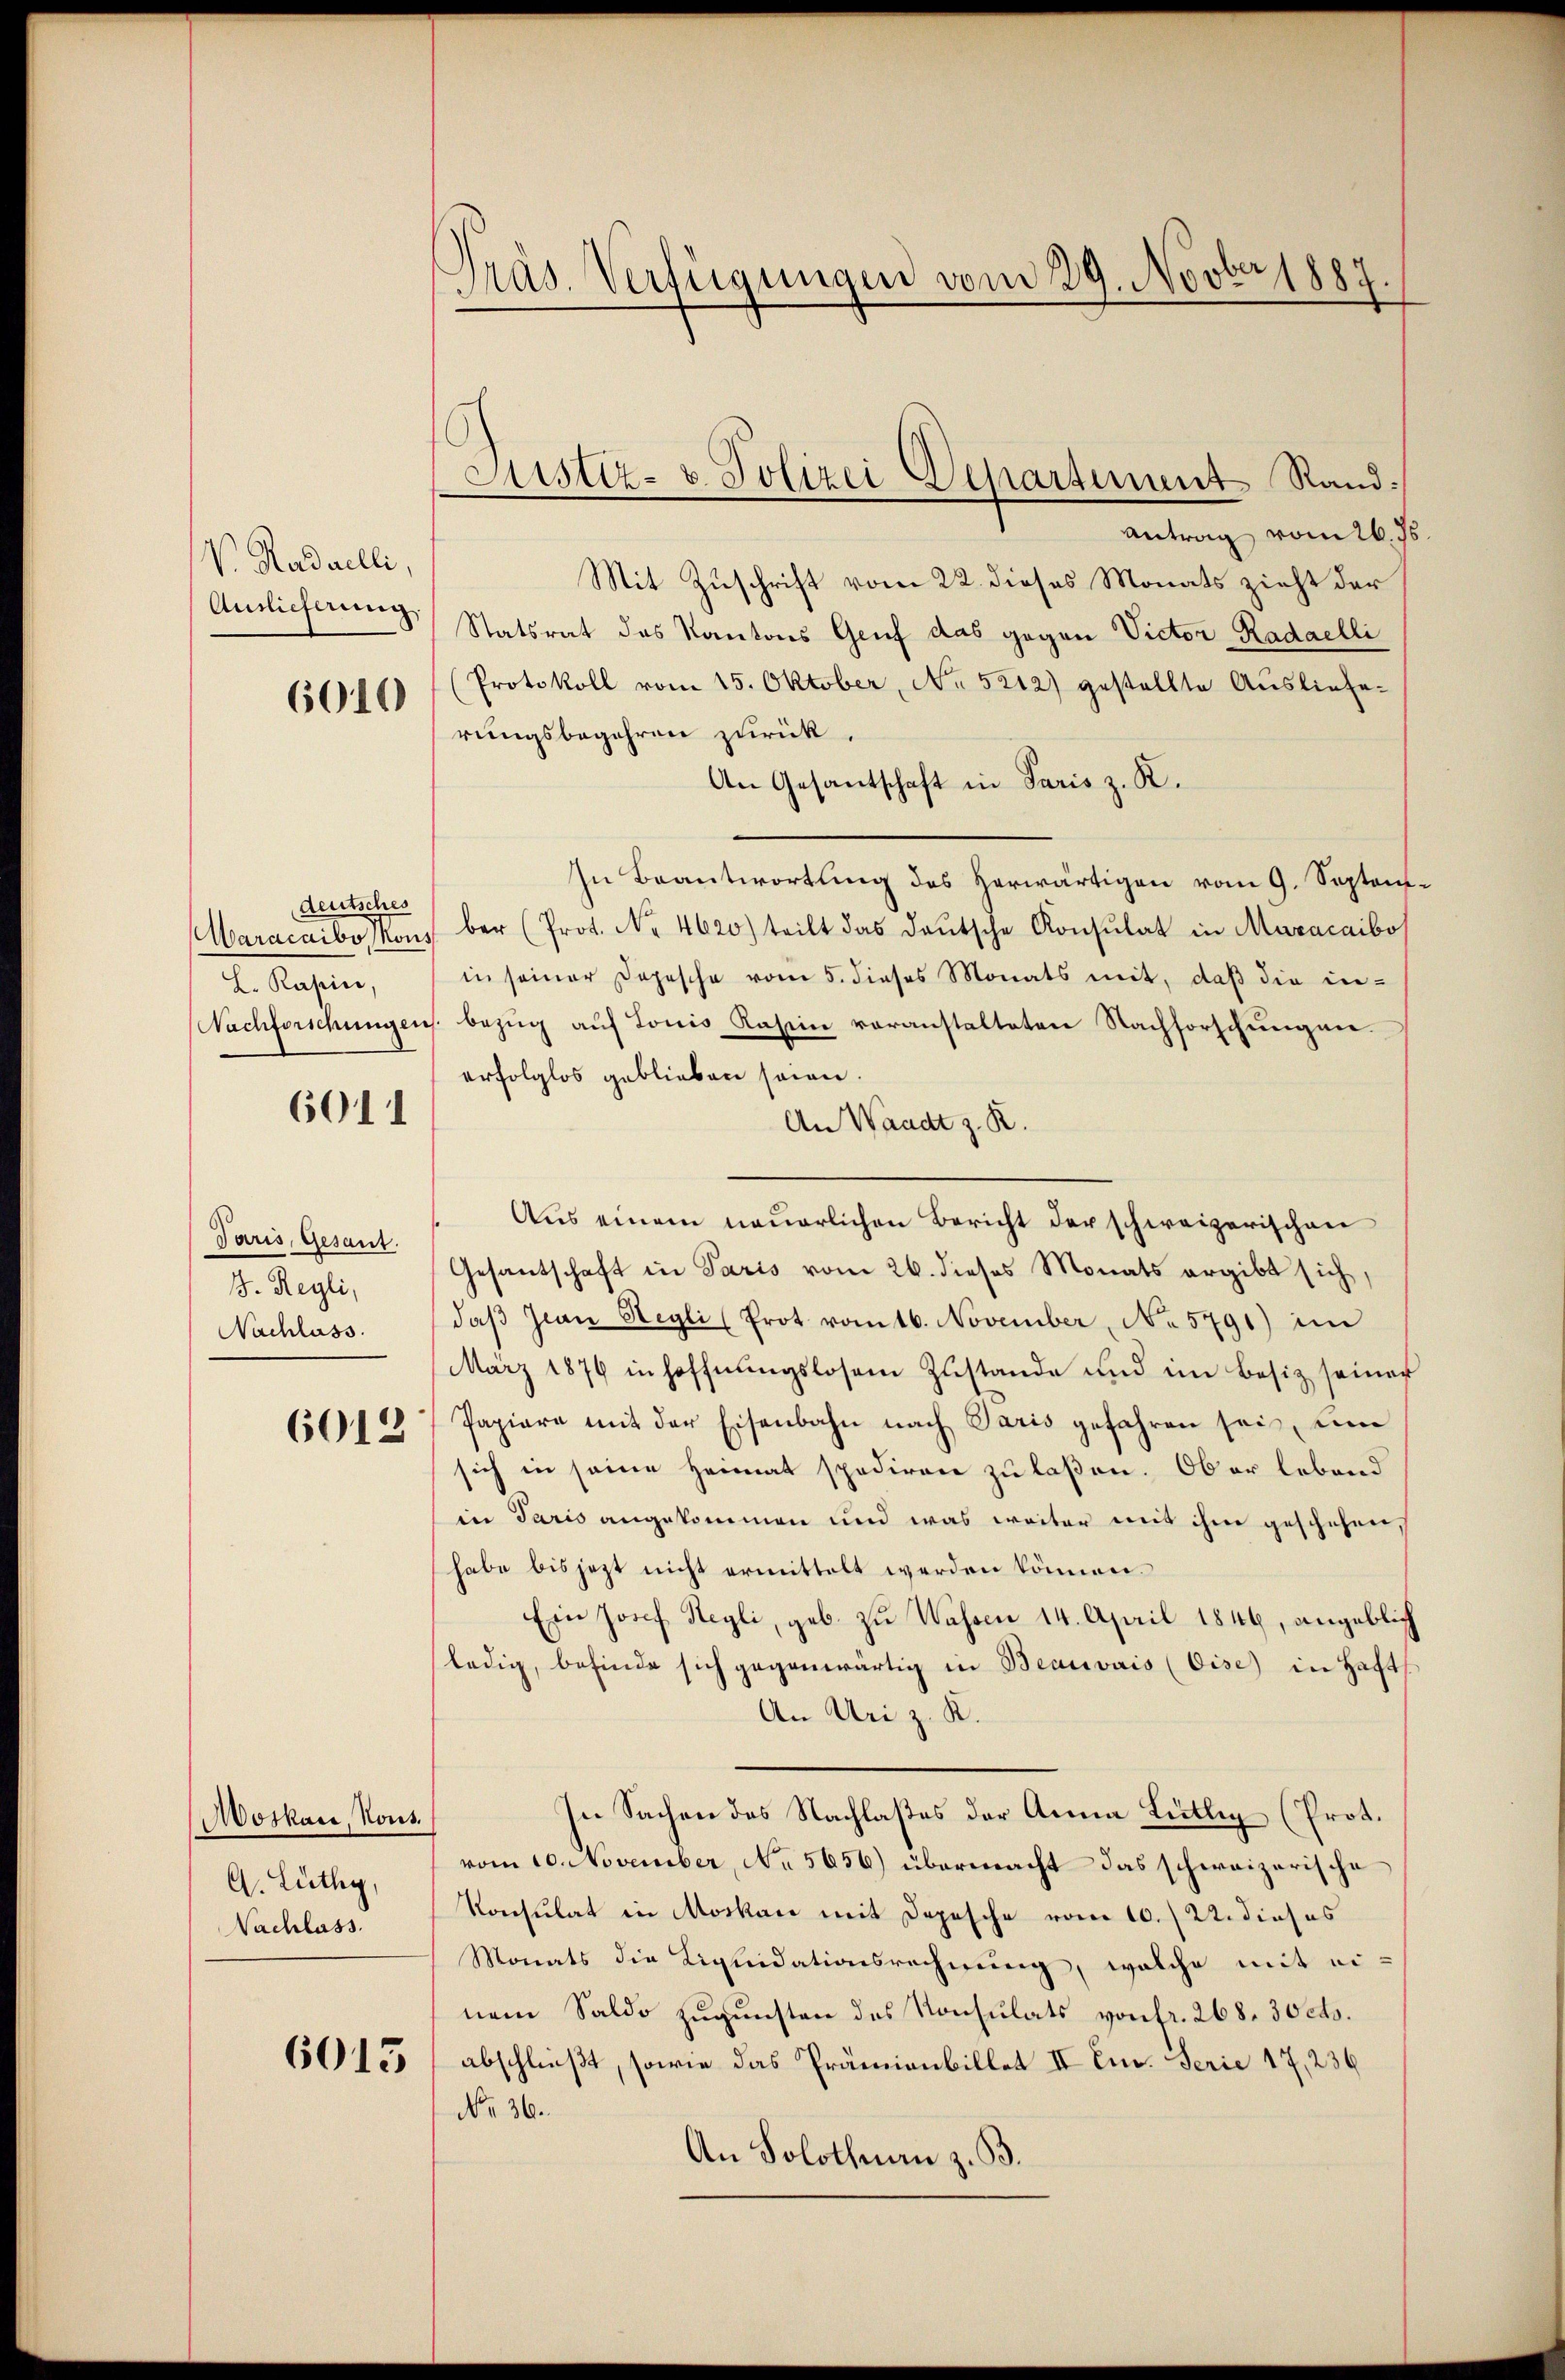
V. Radaelli,
Auslieferung.
6010

deutsches
L. Rapin,

6011

Paris, Gesant.
I. Regli,
Nachlass.

6012

Moskau, Kons.
G. Lüthy,
Nachlass.

6015

.
Präs. Verfügungen vom 29. Novber 1887

Justiz- & Polizei Departement Rand

Antrag vom 26. ds.
Mit Zuschrift vom 22. dieses Monats zieht der
Statsrat des Kantons Genf das gegen Victor-Radaelli
(Protokoll vom 15. Oktober, No. 5212) gestellte Auslieferungsbegehren zurück.
An Gesantschaft in Paris z. R.
In Beantwortung des herwärtigen vom 9. Septem¬
Waracaibo sons ber (Prot. No. 4620) teilt das deŭtsche Konsulat in Maracaibo
in seiner Depesche vom 5. dieses Monats mit, daß die in¬
Nachforschungen bezug auf Louis Rasein voranstalteten Nachforschungen.
erfolglos geblieben seien.
An Waadt z. R.
Aŭs einem neŭerlichen Bericht der schweizerischen
Gesantschaft in Paris vom 26. dieses Monats ergibt sich,
daß Jwan Segli (Prot vom 16. November, No 5791) im
März 1876 in Hoffnungslosem Zustande und im Besiz seiner
Papiere mit der Eisenbahn nach Paris gefahren sei, um
sich in seine Heimat spediren zu laßen. Ob er lebend
in Paris angekommen und was weiter mit ihm geschehen,
habe bis jezt nicht ermittelt werden können.
Ein Josef Hegli, geb. zu Wassen 14. April 1846, angeblich
(ledig, befinde sich gegenwärtig in Beauvais (Oise) in Haft
An Uri z. K.
In Sachen des Nachlaßes der Anna Lütlig (Prot.
vom 10. November, No 5656) übermacht das schweizerische
Konsulat in Moskau mit Depesche vom 10.) U. dieses
Monats die Liquidationsrechnung, welche mit einem Saldo zugunsten des Konsulats von fr. 268. 30 cts.
abschließt, sowie das Prämienbillet II Ei. Ferie 17, 236
No 36.
An Solothurn z. B.